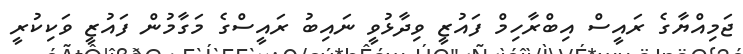
ޖަމިއްޔާގެ ރައީސް އިބްރާހިމް ފައުޒީ ވިދާޅުވީ ނައިބު ރައީސްގެ މަގާމުން ފައުޒީ ވަކިކުރީ